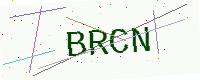
Text: BRCN